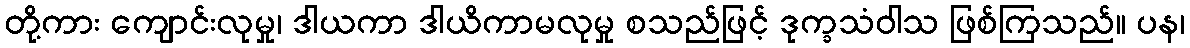
တို့ကား ကျောင်းလုမှု၊ ဒါယကာ ဒါယိကာမလုမှု စသည်ဖြင့် ဒုက္ခသံဝါသ ဖြစ်ကြသည်။ ပန၊